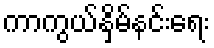
ကာကွယ်နှိမ်နင်းရေး